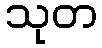
သုတ